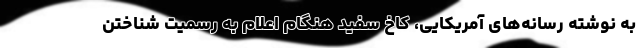
به نوشته رسانه‌های آمریکایی، کاخ سفید هنگام اعلام به رسمیت شناختن